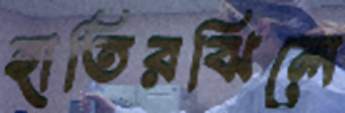
হাতিরঝিলে